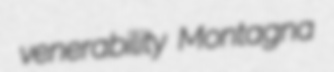
venerability Montagna